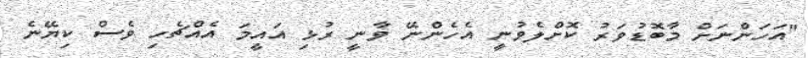
"އަހަންނަށް މާބޮޑުވަރު ކޮށްލެވުނީ އެހެންނޭ ވާނީ ރުޅި އައީމަ އެއްޗެހި ވެސް ކިޔޭނެ